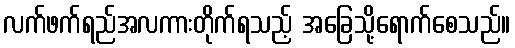
လက်ဖက်ရည်အလကားတိုက်ရသည့် အခြေသို့ရောက်စေသည်။